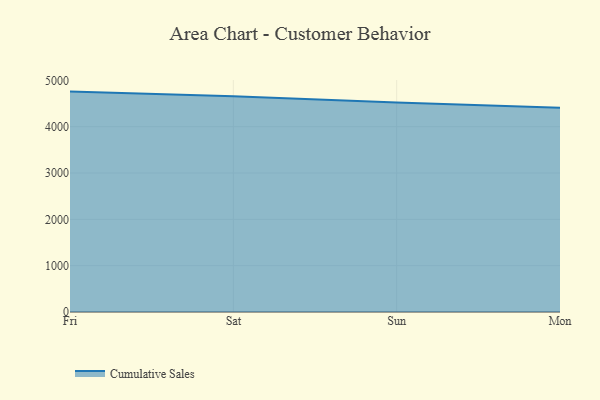
{"axis": {"x": "Day", "y": "Website Visitors"}, "legend": ["Cumulative Sales"], "data": [{"x": "Fri", "y": 4757.8, "type": "Cumulative Sales"}, {"x": "Sat", "y": 4656.0, "type": "Cumulative Sales"}, {"x": "Sun", "y": 4524.2, "type": "Cumulative Sales"}, {"x": "Mon", "y": 4408.2, "type": "Cumulative Sales"}]}